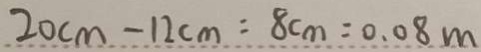
2 0 c m - 1 2 c m = 8 c m = 0 . 0 8 m